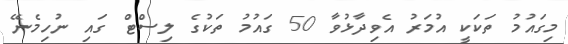
މިގައުމު ތަކަކީ އުމަރު އެވިދާޅުވާ 50 ގައުމު ތަކުގެ ލިސްޓް ގައި ނުހިމެނޭ